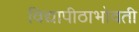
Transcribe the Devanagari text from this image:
विद्यापीठाभोवती